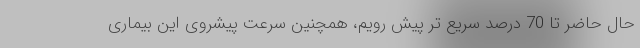
حال حاضر تا 70 درصد سریع تر پیش رویم، همچنین سرعت پیشروی این بیماری